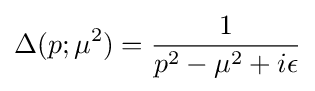
\Delta (p;\mu ^{2})={\frac {1}{p^{2}-\mu ^{2}+i\epsilon }}